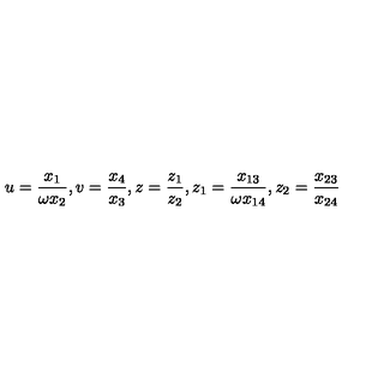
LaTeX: u = \frac { x _ { 1 } } { \omega x _ { 2 } } , v = \frac { x _ { 4 } } { x _ { 3 } } , z = \frac { z _ { 1 } } { z _ { 2 } } , z _ { 1 } = \frac { x _ { 1 3 } } { \omega x _ { 1 4 } } , z _ { 2 } = \frac { x _ { 2 3 } } { x _ { 2 4 } }